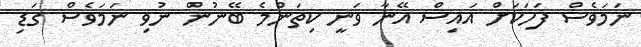
ނަމަވެސް ފަހަކަށް އައިސް އޭނާ ވަނީ ކިތަންމެ ބޭނުން ނުވި ނަމަވެސް ގަޑި